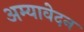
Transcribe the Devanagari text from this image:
अम्यावेदन